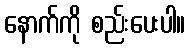
နောက်ကို စည်းပေးပါ။